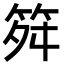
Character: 𥬫